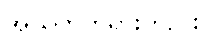
အယုတ်တရားတည်း။